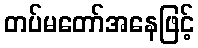
တပ်မတော်အနေဖြင့်